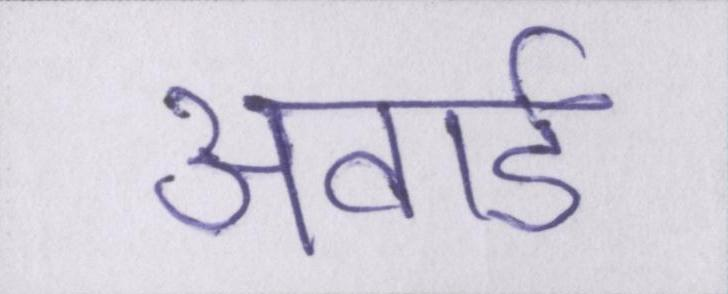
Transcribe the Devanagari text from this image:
अवार्ड